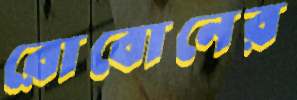
রোবোনের